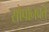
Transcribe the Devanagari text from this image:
सोपानवत्‌